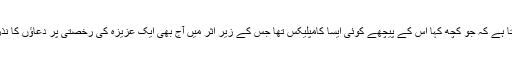
اہل محفل نے میری جملہ بازی کی بے ساختہ داد دی ، مگر اب لگتا ہے کہ جو کچھ کہا اس کے پیچھے کوئی ایسا کامپلیکس تھا جس کے زیر اثر میں آج بھی ایک عزیزہ کی رخصتی پر دعاؤں کا نذرانہ دینے کی بجائے مصروفیت کے بہانے محفل سے اٹھ آیا ہوں ۔